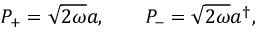
P _ { + } = \sqrt { 2 \omega } a , \qquad P _ { - } = \sqrt { 2 \omega } a ^ { \dagger } ,